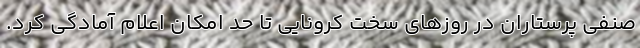
صنفی پرستاران در روزهای سخت کرونایی تا حد امکان اعلام آمادگی کرد.